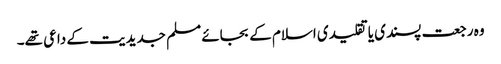
وہ رجعت پسندی یا تقلیدی اسلام کے بجائے مسلم جدیدیت کے داعی تھے۔